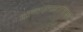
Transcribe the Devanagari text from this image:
वानरासारिखे